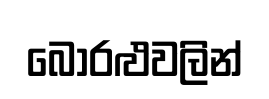
බොරළුවලින්